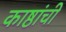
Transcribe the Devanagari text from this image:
काष्ठांची